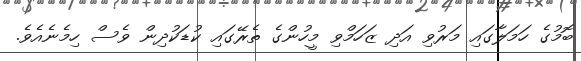
ބޮމުގެ ހަމަލާގައި މަރުވި އަދި ޒަހަމްވި މީހުންގެ ތެރޭގައި ކުޑަކުދިން ވެސް ހިމެނެއެވެ.